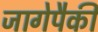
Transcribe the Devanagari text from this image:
जागेपैकी